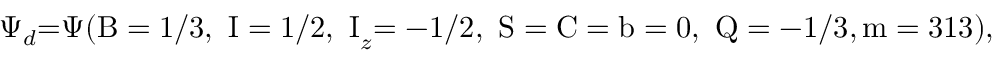
\Psi _ { d } \mathrm { = } \Psi \mathrm { ( B = 1 / 3 , ~ I = 1 / 2 , ~ I } _ { z } \mathrm { = - 1 / 2 , ~ S = C = b = 0 , ~ Q = - 1 / 3 , m = 3 1 3 ) , }